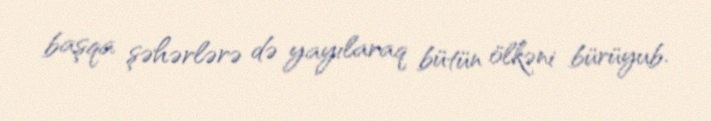
başqa şəhərlərə də yayılaraq bütün ölkəni bürüyub.